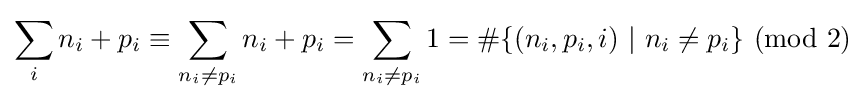
\sum _{i}n_{i}+p_{i}\equiv \sum _{n_{i}\neq p_{i}}n_{i}+p_{i}=\sum _{n_{i}\neq p_{i}}1=\#\{(n_{i},p_{i},i)\ |\ n_{i}\neq p_{i}\}\ (\mathrm {mod} \ 2)